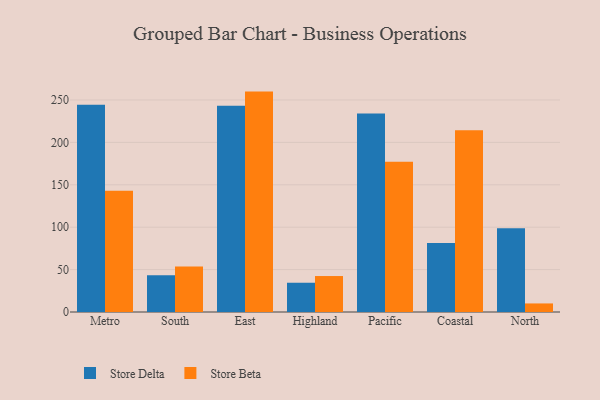
{"axis": {"x": "Region", "y": "Website Visitors"}, "legend": ["Store Beta", "Store Delta"], "data": [{"x": "Metro", "y": 244.5, "type": "Store Delta"}, {"x": "Metro", "y": 143.1, "type": "Store Beta"}, {"x": "South", "y": 43.2, "type": "Store Delta"}, {"x": "South", "y": 53.6, "type": "Store Beta"}, {"x": "East", "y": 243.2, "type": "Store Delta"}, {"x": "East", "y": 259.9, "type": "Store Beta"}, {"x": "Highland", "y": 34.5, "type": "Store Delta"}, {"x": "Highland", "y": 42.4, "type": "Store Beta"}, {"x": "Pacific", "y": 234.2, "type": "Store Delta"}, {"x": "Pacific", "y": 177.3, "type": "Store Beta"}, {"x": "Coastal", "y": 81.3, "type": "Store Delta"}, {"x": "Coastal", "y": 214.2, "type": "Store Beta"}, {"x": "North", "y": 98.7, "type": "Store Delta"}, {"x": "North", "y": 10.1, "type": "Store Beta"}]}